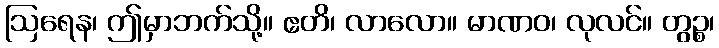
ဩရေန၊ ဤမှာဘက်သို့။ ဧတိ၊ လာလော။ မာဏဝ၊ လုလင်။ တွဉ္စ၊